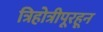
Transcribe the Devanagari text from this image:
त्रिहोत्रीपूरहून